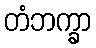
တံဘက္ခာ